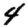
Digit: 4